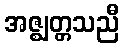
အဇ္ဈတ္တသညီ